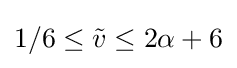
1/6\leq {\tilde {v}}\leq 2\alpha +6